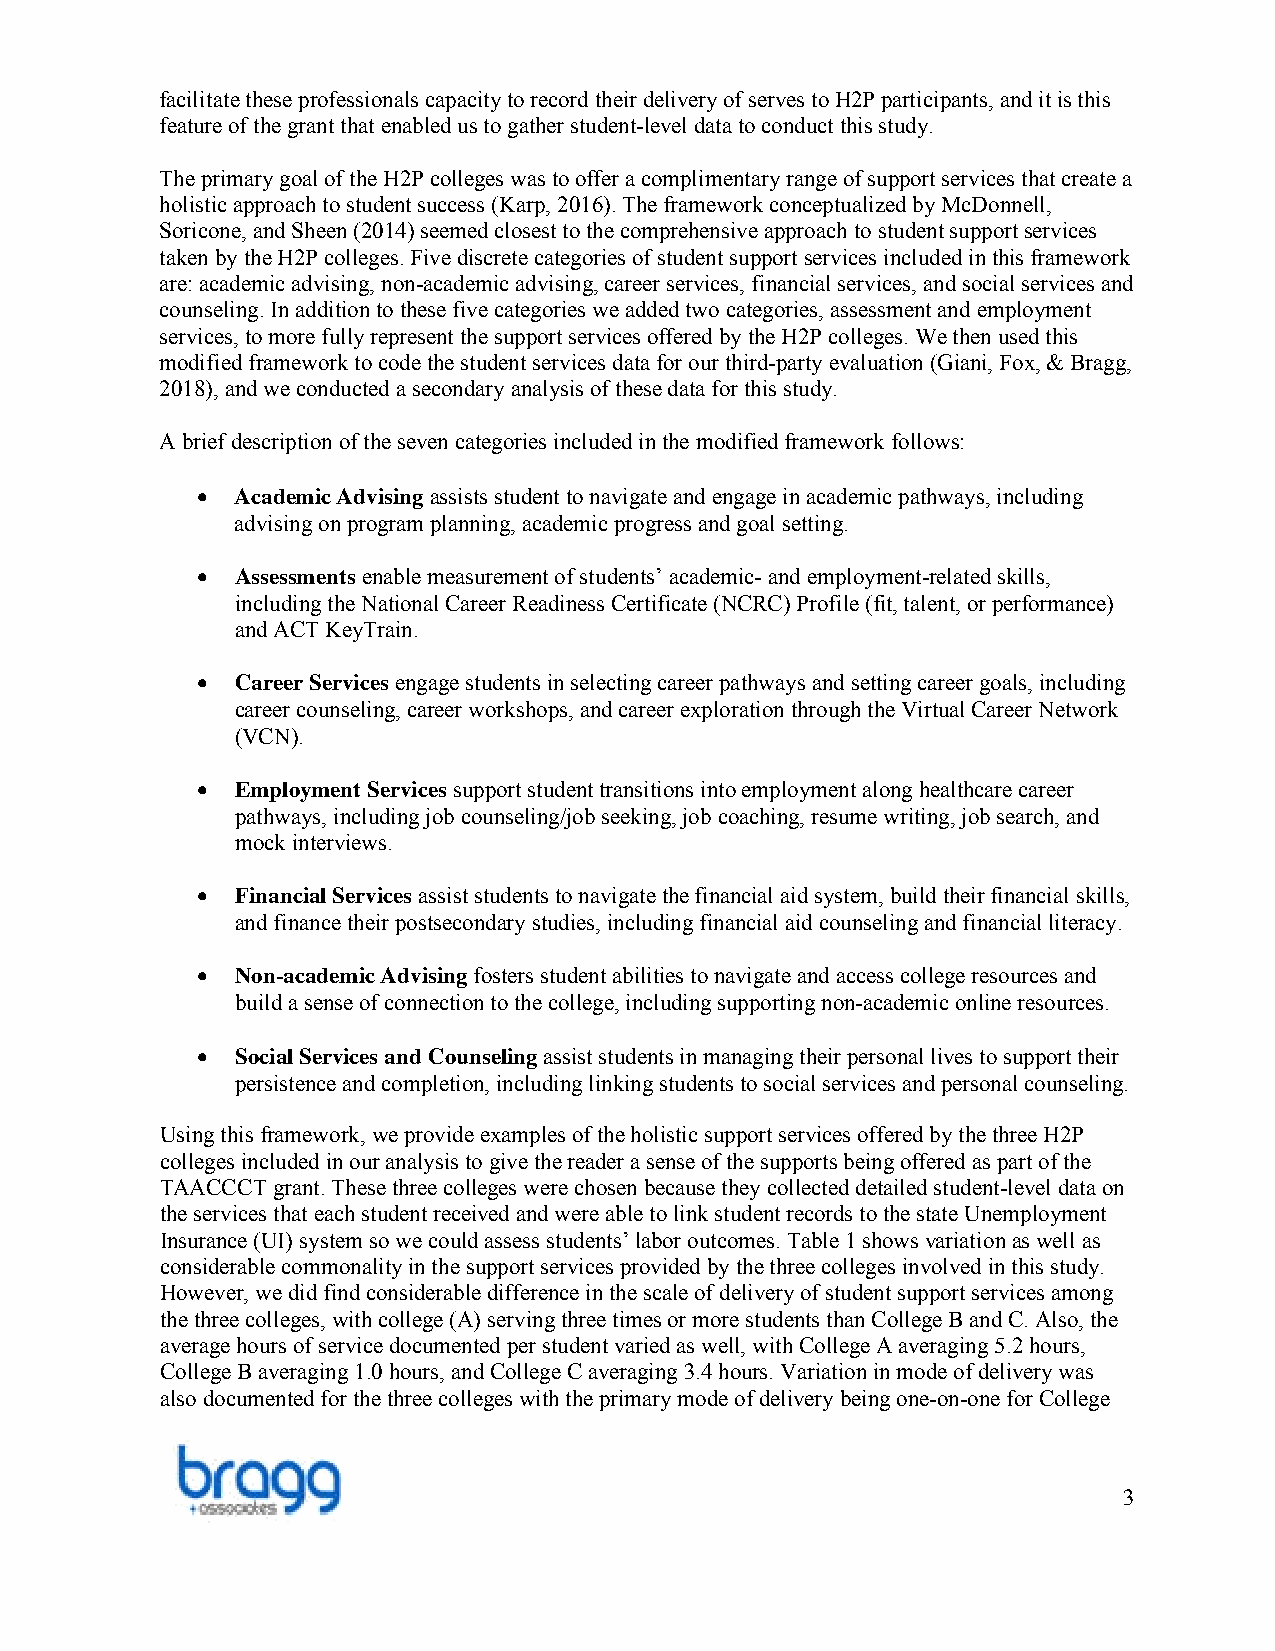
facilitate these professionals capacity to record their delivery of serves to H2P participants, and it is this
 feature of the grant that enabled us to gather student-level data to conduct this study.
 The primary goal of the H2P colleges was to offer a complimentary range of support services that create a
 holistic approach to student success (Karp, 2016). The framework conceptualized by McDonnell,
 Soricone, and Sheen (2014) seemed closest to the comprehensive approach to student support services
 taken by the H2P colleges. Five discrete categories of student support services included in this framework
 are: academic advising, non-academic advising, career services, financial services, and social services and
 counseling. In addition to these five categories we added two categories, assessment and employment
 services, to more fully represent the support services offered by the H2P colleges. We then used this
 modified framework to code the student services data for our third-party evaluation (Giani, Fox, & Bragg,
 2018), and we conducted a secondary analysis of these data for this study.
 A brief description of the seven categories included in the modified framework follows:
 •  Academic Advising assists student to navigate and engage in academic pathways, including
 advising on program planning, academic progress and goal setting.
 •  Assessments enable measurement of students’ academic- and employment-related skills,
 including the National Career Readiness Certificate (NCRC) Profile (fit, talent, or performance)
 and ACT KeyTrain.
 •  Career Services engage students in selecting career pathways and setting career goals, including
 career counseling, career workshops, and career exploration through the Virtual Career Network
 (VCN).
 •  Employment Services support student transitions into employment along healthcare career
 pathways, including job counseling/job seeking, job coaching, resume writing, job search, and
 mock interviews.
 •  Financial Services assist students to navigate the financial aid system, build their financial skills,
 and finance their postsecondary studies, including financial aid counseling and financial literacy.
 •  Non-academic Advising fosters student abilities to navigate and access college resources and
 build a sense of connection to the college, including supporting non-academic online resources.
 •  Social Services and Counseling assist students in managing their personal lives to support their
 persistence and completion, including linking students to social services and personal counseling.
 Using this framework, we provide examples of the holistic support services offered by the three H2P
 colleges included in our analysis to give the reader a sense of the supports being offered as part of the
 TAACCCT grant. These three colleges were chosen because they collected detailed student-level data on
 the services that each student received and were able to link student records to the state Unemployment
 Insurance (UI) system so we could assess students’ labor outcomes. Table 1 shows variation as well as
 considerable commonality in the support services provided by the three colleges involved in this study.
 However, we did find considerable difference in the scale of delivery of student support services among
 the three colleges, with college (A) serving three times or more students than College B and C. Also, the
 average hours of service documented per student varied as well, with College A averaging 5.2 hours,
 College B averaging 1.0 hours, and College C averaging 3.4 hours. Variation in mode of delivery was
 also documented for the three colleges with the primary mode of delivery being one-on-one for College
 3